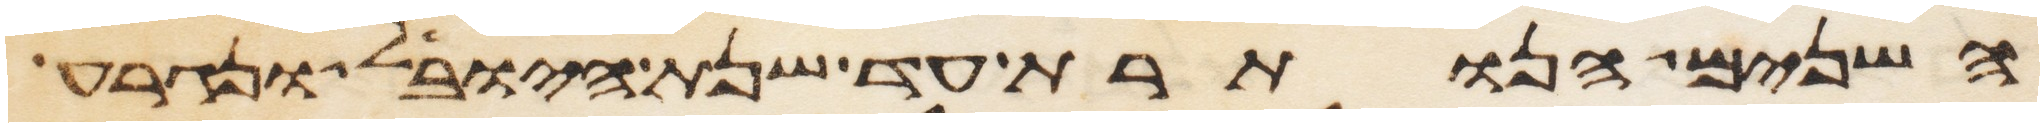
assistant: השנים הנותרת עד שנת היובל ונגרע